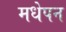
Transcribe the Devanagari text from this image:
मधेपन